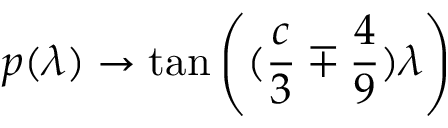
p ( \lambda ) \rightarrow \tan \left( ( \frac { c } { 3 } \mp \frac { 4 } { 9 } ) \lambda \right)